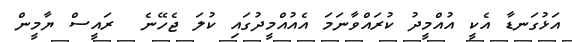
އަޅުގަނޑާ އެކީ އުއްމީދު ކުރައްވާނަމަ އެއުއްމީދުގައި ކުލަ ޖެހޭނެ  ރައީސް ޔާމީން